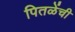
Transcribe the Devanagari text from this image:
पितळेंची